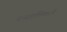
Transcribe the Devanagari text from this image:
तथ्यतालिकाओं